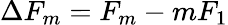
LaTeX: \Delta F_{m}=F_{m}-mF_{1}